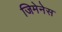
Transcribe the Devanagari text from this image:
जिमेनेस